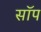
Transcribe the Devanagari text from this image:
सॉप